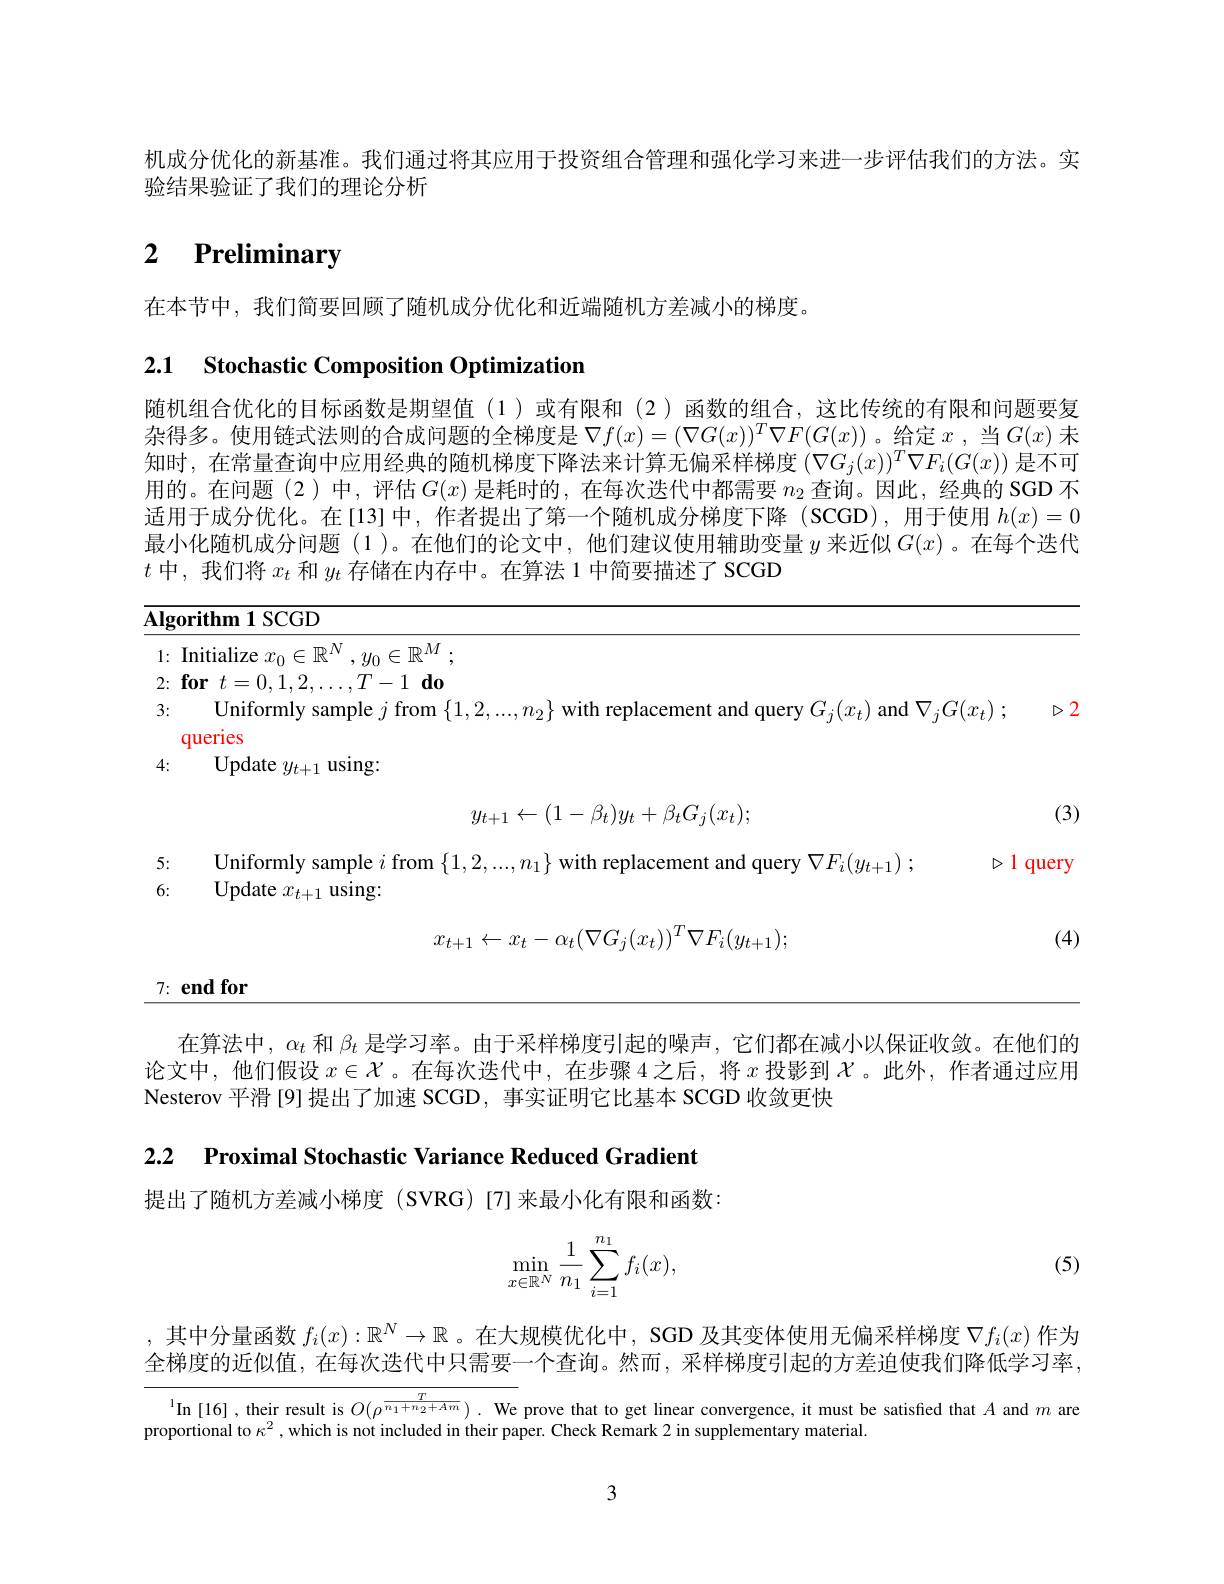
机成分优化的新基准。我们通过将其应用于投资组合管理和强化学习来进一步评估我们的方法。实
验结果验证了我们的理论分析

# 2 $\textbf{Preliminary}$

在本节中，我们简要回顾了随机成分优化和近端随机方差减小的梯度。

2.1 $\textbf{Stochastic Composition Optimization}$

随机组合优化的目标函数是期望值(1)或有限和(2)函数的组合，这比传统的有限和问题要复杂得多。使用链式法则的合成问题的全梯度是$\nabla f(x)=(\nabla G(x))^T\nabla F(G(x))$ 。给定$x$ ,当$G(x)$未知时，在常量查询中应用经典的随机梯度下降法来计算无偏采样梯度$(\nabla G_j(x))^T\nabla F_i(G(x))$是不可用的。在问题(2)中，评估$G(x)$是耗时的，在每次迭代中都需要$n_2$查询。因此，经典的 SGD 不适用于成分优化。在[13]中，作者提出了第一个随机成分梯度下降(SCGD),用于使用$h(x)=0$ 最小化随机成分问题(1)。在他们的论文中，他们建议使用辅助变量$y$来近似$G(x)$ 。在每个迭代$t$中，我们将$x_t$和$y_t$存储在内存中。在算法 1 中简要描述了 SCGD

Algorithm 1 SCGD

1: Initialize $x_0\in \mathbb{R} ^N, y_0\in \mathbb{R} ^M$ ;

$2: \textbf{for}t= 0, 1, 2, \ldots , T- 1\textbf{do}$

3: Uniformly sample $j$ from $\{1,2,...,n_2\}$ with replacement and query $G_j(x_t)$ and $\nabla _jG( x_t) ;$ $\triangleright$

queries

4: Update $y_t+1$ using

(3)
$$y_{t+1}\leftarrow(1-\beta_t)y_t+\beta_tG_j(x_t);$$
5:

Uniformly sample $i$ from $\{1,2,...,n_1\}$ with replacement and query $\nabla F_i(y_{t+1});$

$\triangleright1$ query

6:

Update $x_{t+1}$ using:
$$x_{t+1}\leftarrow x_t-\alpha_t(\nabla G_j(x_t))^T\nabla F_i(y_{t+1});$$
(4)

7: end for

在算法中，$\alpha_t$和$\beta_t$是学习率。由于采样梯度引起的噪声，它们都在减小以保证收敛。在他们的论文中，他们假设$x\in\mathcal{X}$。在每次迭代中，在步骤 4之后，将$x$投影到$\chi$。此外，作者通过应用Nesterov 平滑[9]提出了加速 SCGD, 事实证明它比基本 SCGD 收敛更快

2.2 $\textbf{Proximal Stochastic Variance Reduced Gradient}$

提出了随机方差减小梯度(SVRG)[7]来最小化有限和函数：
$$\min\limits_{x\in\mathbb{R}^N}\frac{1}{n_1}\sum\limits_{i=1}^{n_1}f_i(x),$$
(5)

,其中分量函数$f_i(x):\mathbb{R}^N\to\mathbb{R}$ 。在大规模优化中，SGD 及其变体使用无偏采样梯度$\nabla f_i(x)$作为全梯度的近似值，在每次迭代中只需要一个查询。然而，采样梯度引起的方差迫使我们降低学习率，

$^{1}$In[16], their result is $O(\rho^\frac T{n_1+n_2+Am}).$ We prove that to get linear convergence, it must be satisfied that $A$ and $m$ are

proportional to $\kappa^2$,which is not included in their paper. Check Remark 2 in supplementary material

3